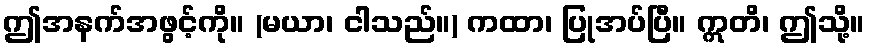
ဤအနက်အဖွင့်ကို။ (မယာ၊ ငါသည်။) ကထာ၊ ပြုအပ်ပြီ။ ဣတိ၊ ဤသို့။